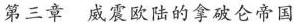
第三章 威震欧陆的拿破仑帝国